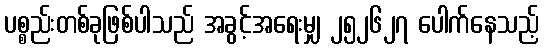
ပစ္စည်းတစ်ခုဖြစ်ပါသည် အခွင့်အရေးမျှ ၂၅၂၆၂၇ ပေါက်နေသည့်